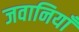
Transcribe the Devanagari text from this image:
जवानियाँ